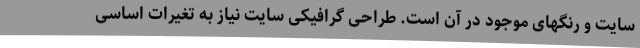
سایت و رنگهای موجود در آن است. طراحی گرافیکی سایت نیاز به تغیرات اساسی